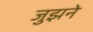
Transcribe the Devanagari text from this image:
जुझने